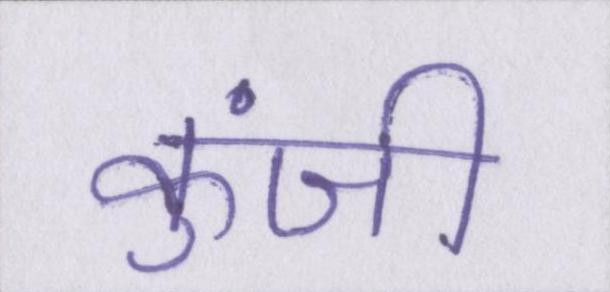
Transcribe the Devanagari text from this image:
कुंजी